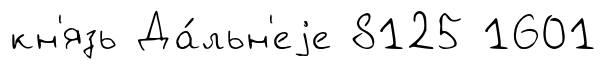
кн'язь Да́льн'еjе 8125 1601